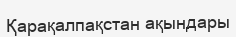
Қарақалпақстан ақындары